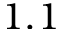
1 . 1